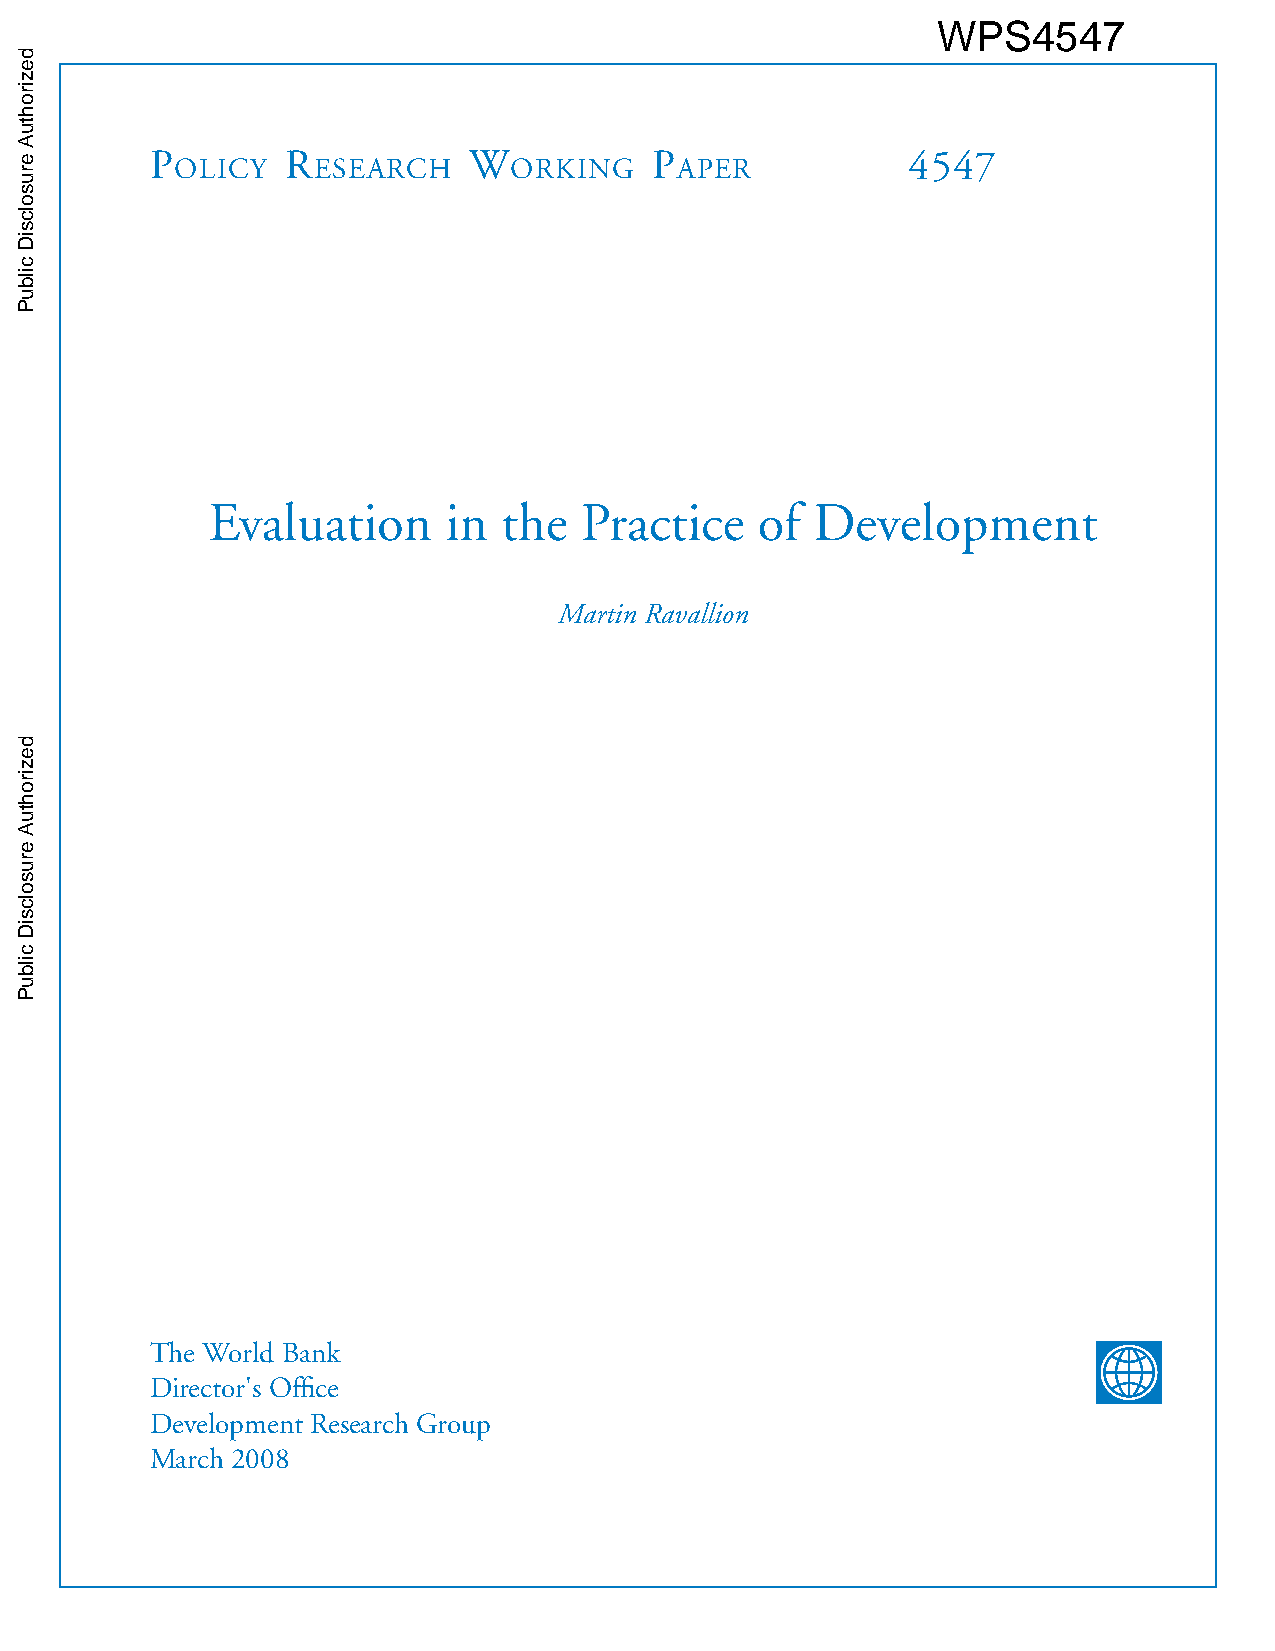
WPS4547
 P        R           W           P                4547 olicy eseaRch oRking aPeR
 Evaluation     in  the  Practice    of  Development
 Martin Ravallion
 The World Bank
 Director's Office
 Development Research Group
 March 2008
 dezirohtuA
 erusolcsiD
 cilbuP
 dezirohtuA
 erusolcsiD
 cilbuP
 dezirohtuA
 erusolcsiD
 cilbuP
 dezirohtuA
 erusolcsiD
 cilbuP